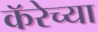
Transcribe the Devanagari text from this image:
कॅरेच्या